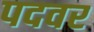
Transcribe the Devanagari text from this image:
पदवर